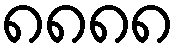
၈၈၈၈